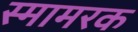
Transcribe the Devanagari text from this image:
स्मामरक